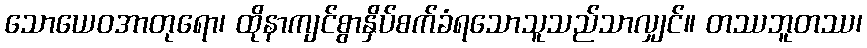
သောယေဝအာတုရော၊ ထိုနာကျင်စွာနှိပ်စက်ခံရသောသူသည်သာလျှင်။ တဿဘူတဿ၊